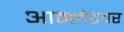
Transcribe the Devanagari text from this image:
आम्लेटवर